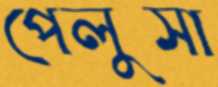
পেলুসা